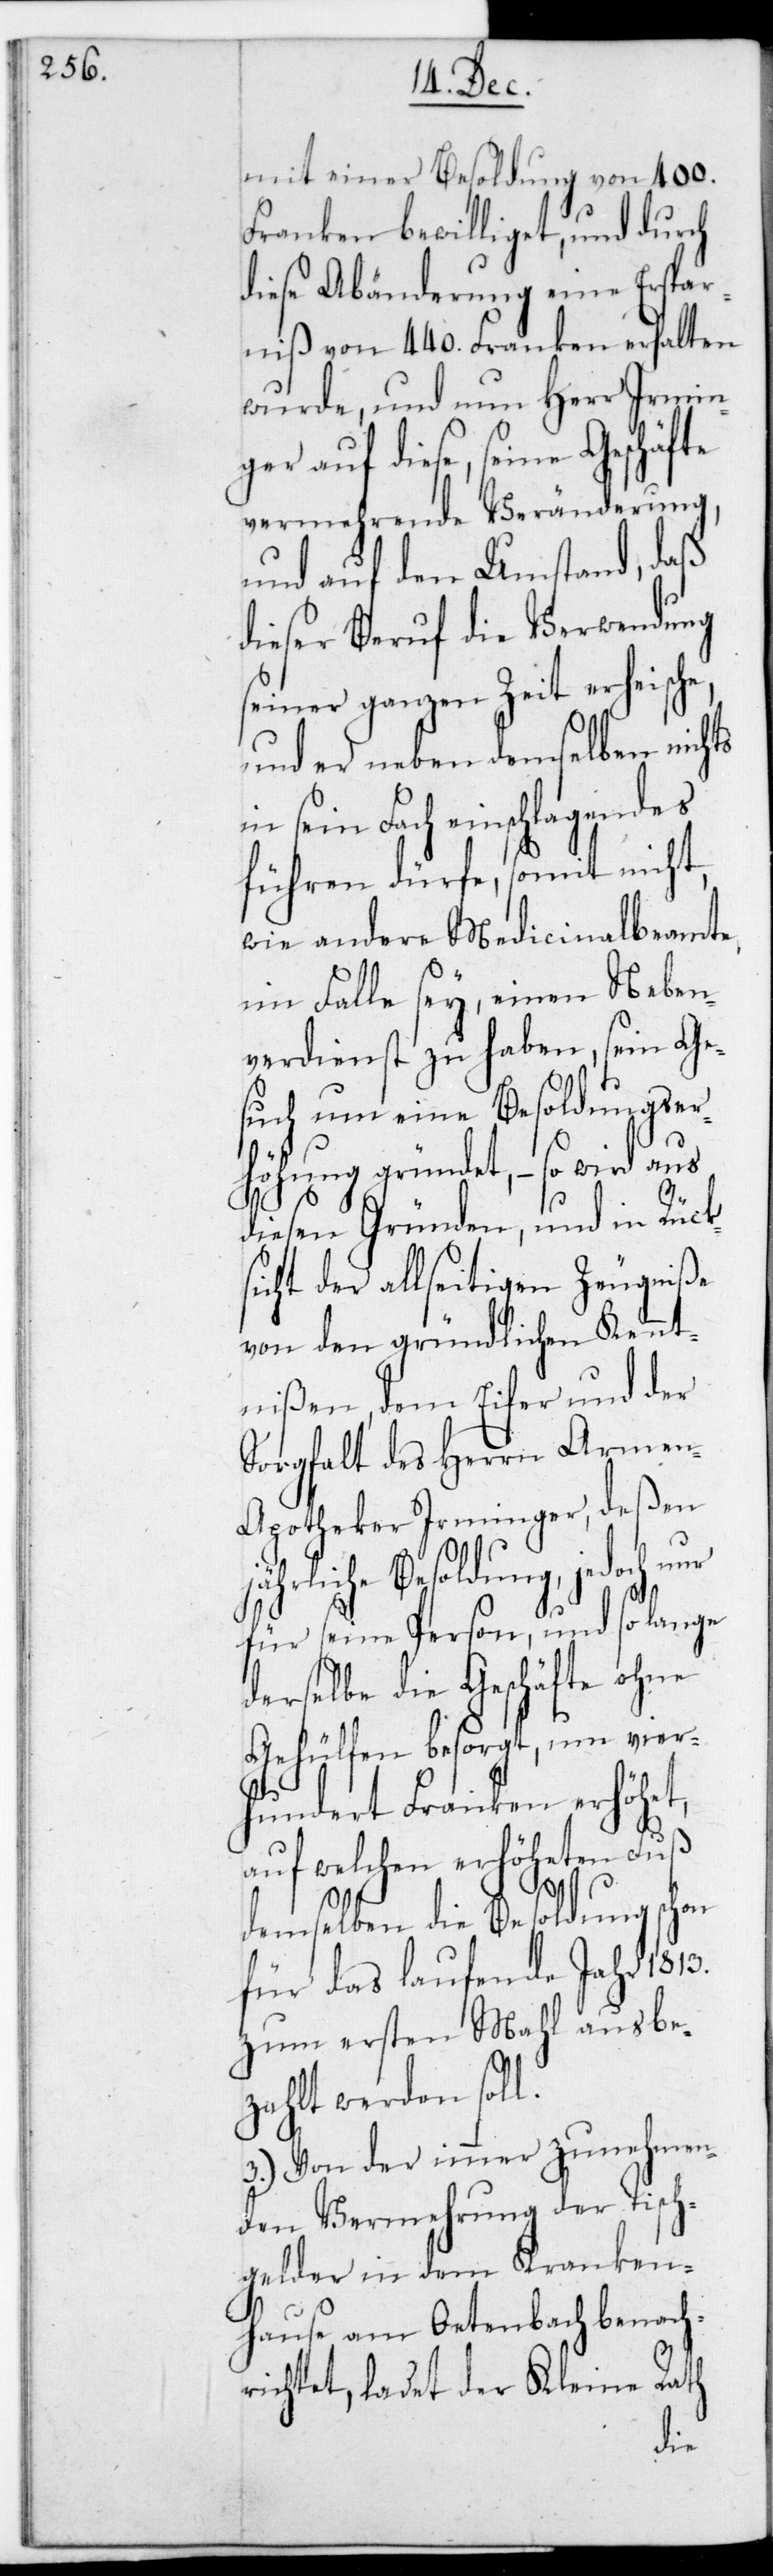
mit einer Besoldung von 400
Franken bewilliget, und durch
diese Abänderung eine Erspar¬
niß von 440. Franken erhalten
wurde, und nun Herr Irmin¬
ger auf diese, seine Geschäfte
vermehrende Veränderung,
und auf den Umstand, daß
dieser Beruf die Verwendung
seiner ganzen Zeit erheische,
und er neben demselben nichts
in sein Fach Einschlagendes
führen dürfe, somit nicht,
wie andere Medicinalbeamte,
im Falle sey, einen Neben¬
verdienst zu haben, sein Ge¬
such um eine Besoldungser¬
höhung gründet, – so wird aus
diesen Gründen und in Rüc¬
icht der allseitigen Zeugniße
von den gründlichen Kennt¬
nißen, dem Eifer und der
Sorgfalt des Herrn Arme¬
n-Apotheker Irminger, deßen
ährliche Besoldung, jedoch
für seine Person und so lange
derselbe die Geschäfte ohne
Gehülfen besorgt, um vier¬
hundert Franken erhöhet,
auf welchen erhöheten Fuß
demselben die Besoldung schon
für das laufende Jahr 1813.
zum ersten Mal ausbe¬
zahlt werden soll.
3.) Von der immer zunehmen¬
den Vermehrung der Tisch¬
gelder in dem Kranken¬
hause am Oetenbach benach¬
richtet, ladet der Kleine Rath
j¬